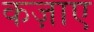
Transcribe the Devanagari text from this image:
कज़ाए